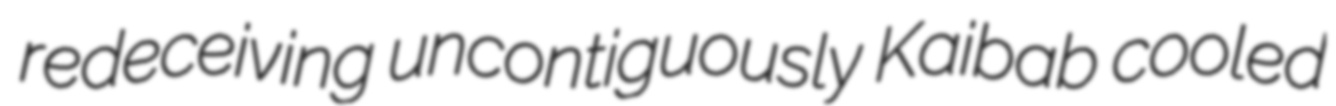
redeceiving uncontiguously Kaibab cooled